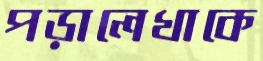
পড়ালেখাকে